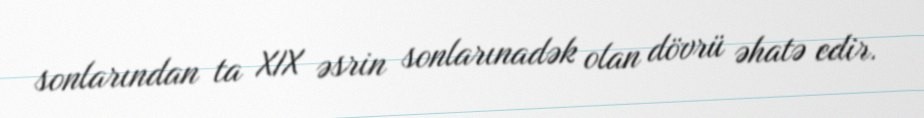
sonlarından ta XIX əsrin sonlarınadək olan dövrü əhatə edir.